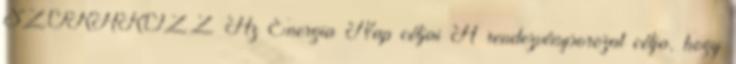
SZÓRAKOZZ Az Energia Nap céljai A rendezvénysorozat célja, hogy